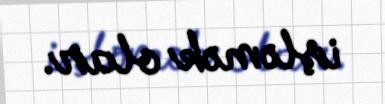
işləmək olar.